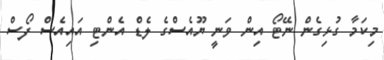
މިކަމާ ގުޅިގެން ނޭޓޯ އިން ވަނީ ޔޫއެސްގެ ލެޑް އެންޓި އައިއެސް ފޯސް